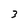
Character: 3